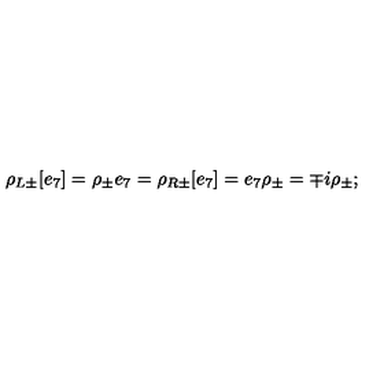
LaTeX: \rho _ { L \pm } [ e _ { 7 } ] = \rho _ { \pm } e _ { 7 } = \rho _ { R \pm } [ e _ { 7 } ] = e _ { 7 } \rho _ { \pm } = \mp i \rho _ { \pm } ;